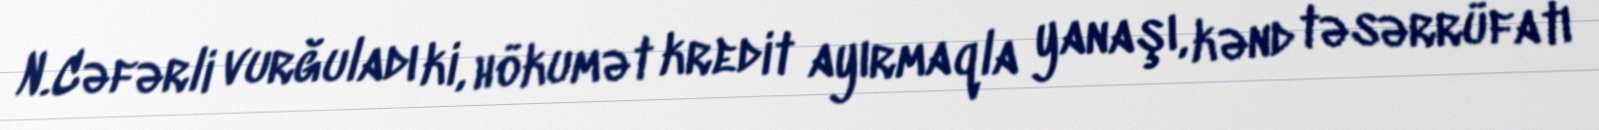
N.Cəfərli vurğuladı ki, hökumət kredit ayırmaqla yanaşı, kənd təsərrüfatı